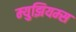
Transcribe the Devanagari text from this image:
म्‍युझियम्‍स